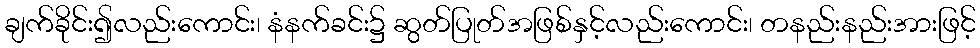
ချက်ခိုင်း၍လည်းကောင်း၊ နံနက်ခင်း၌ ဆွတ်ပြုတ်အဖြစ်နှင့်လည်းကောင်း၊ တနည်းနည်းအားဖြင့်